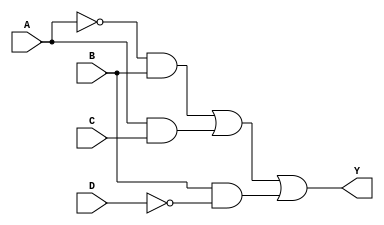
module sop_simplified (
    input wire A,    // Input A
    input wire B,    // Input B
    input wire C,    // Input C
    input wire D,    // Input D
    output wire Y    // Output Y
);

// Internal signals for product terms
wire A_not, B_not, D_not;
wire term1, term2, term3;

// NOT gates for inverted inputs
not (A_not, A);
not (B_not, B);
not (D_not, D);

// Product terms (AND gates)
and (term1, A_not, B);   // A'B
and (term2, A, C);       // AC
and (term3, B, D_not);   // BD'

// Final output (OR gate)
or (Y, term1, term2, term3); // Y = A'B + AC + BD'

endmodule